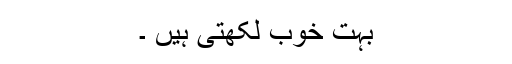
بہت خوب لکھتی ہیں ۔